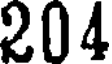
204